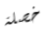
خصلة